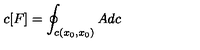
c [ F ] = \oint _ { c ( x _ { 0 } , x _ { 0 } ) } A d c